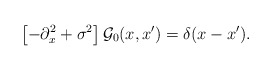
\begin{align*}\left[-\partial_x^2+\sigma^2\right]{\cal G}_0(x,x')=\delta(x-x').\end{align*}